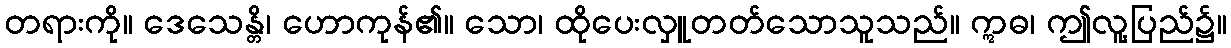
တရားကို။ ဒေသေန္တိ၊ ဟောကုန်၏။ သော၊ ထိုပေးလှူတတ်သောသူသည်။ ဣဓ၊ ဤလူ့ပြည်၌။